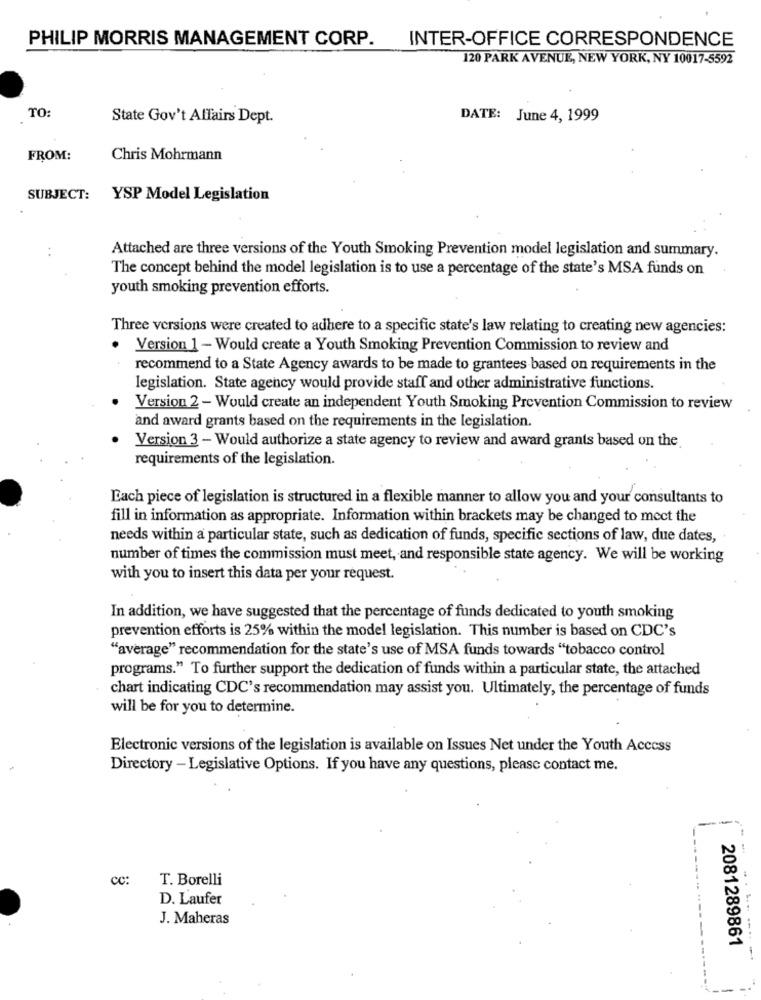
PHILIP MORRIS MANAGEMENT CORP.
INTER-OFFICE CORRESPONDENCE
120 PARK AVENUE, NEW YORK, NY 10017-5592
TO:
State Gov't Affairs Dept.
DATE: June 4, 1999
FROM:
Chris Mohrmann
SUBJECT:
YSP Model Legislation
Attached are three versions of the Youth Smoking Prevention model legislation and summary.
The concept behind the model legislation is to use a percentage of the state's MSA funds on
youth smoking prevention efforts.
Three versions were created to adhere to a specific state's law relating to creating new agencies:
Version 1 - Would create a Youth Smoking Prevention Commission to review and
recommend to a State Agency awards to be made to grantees based on requirements in the
legislation. State agency would provide staff and other administrative functions.
Version 2 - Would create an independent Youth Smoking Prevention Commission to review
and award grants based on the requirements in the legislation.
Version 3 - Would authorize a state agency to review and award grants based on the
requirements of the legislation.
Each piece of legislation is structured in a flexible manner to allow you and your consultants to
fill in information as appropriate. Information within brackets may be changed to meet the
needs within a particular state, such as dedication of funds, specific sections of law, due dates,
number of times the commission must meet, and responsible state agency. We will be working
with you to insert this data per your request.
In addition, we have suggested that the percentage of funds dedicated to youth smoking
prevention efforts is 25% within the model legislation. This number is based on CDC's
"average" recommendation for the state's use of MSA funds towards "tobacco control
programs." To further support the dedication of funds within a particular state, the attached
chart indicating CDC's recommendation may assist you. Ultimately, the percentage of funds
will be for you to determine.
Electronic versions of the legislation is available on Issues Net under the Youth Access
Directory - Legislative Options. If you have any questions, please contact me.
Cc:
T. Borelli
D. Laufer
J. Maheras
2081289861